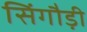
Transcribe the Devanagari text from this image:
सिंगौड़ी